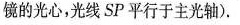
镜的光心，光线SP平行于主光轴).